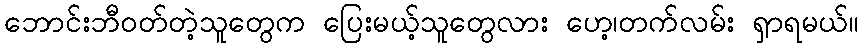
ဘောင်းဘီဝတ်တဲ့သူတွေက ပြေးမယ့်သူတွေလား ဟေ့၊တက်လမ်း ရှာရမယ်။